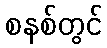
စနစ်တွင်